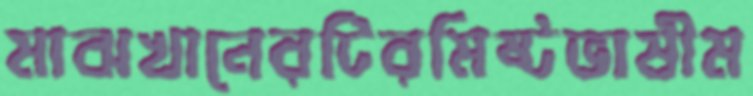
মাঝখানেরটিরমিষ্টভাষীম